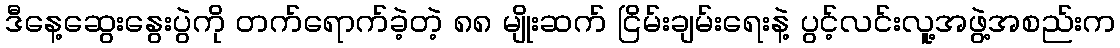
ဒီနေ့ဆွေးနွေးပွဲကို တက်ရောက်ခဲ့တဲ့ ၈၈ မျိုးဆက် ငြိမ်းချမ်းရေးနဲ့ ပွင့်လင်းလူ့အဖွဲ့အစည်းက